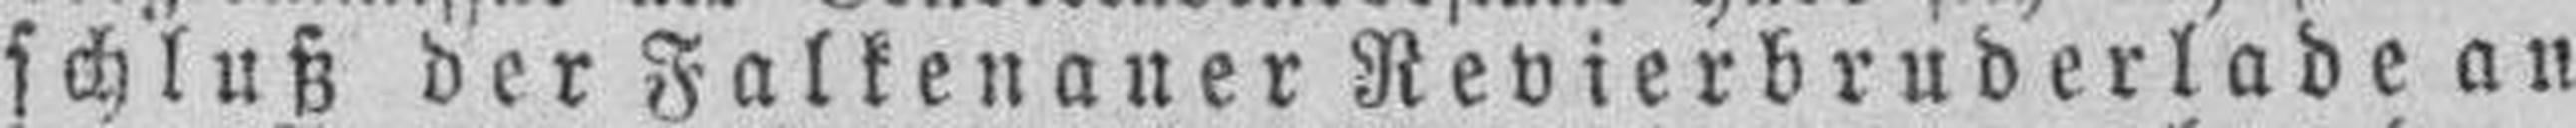
schluß der Falkenauer Revierbruderlade an